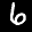
Label: 6